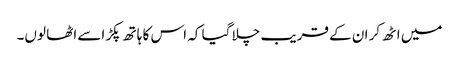
میں اٹھ کر ان کے قریب چلا گیا کہ اس کا ہاتھ پکڑ اسے اٹھا لوں۔